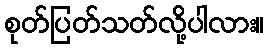
စုတ်ပြတ်သတ်လို့ပါလား။